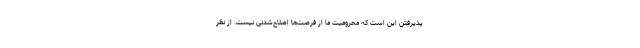
پذیرفتن این است که محرومیت ما از فرصت‌ها اصلاح‌شدنی نیست. از نظر